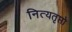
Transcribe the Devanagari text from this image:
नित्यतृप्तो